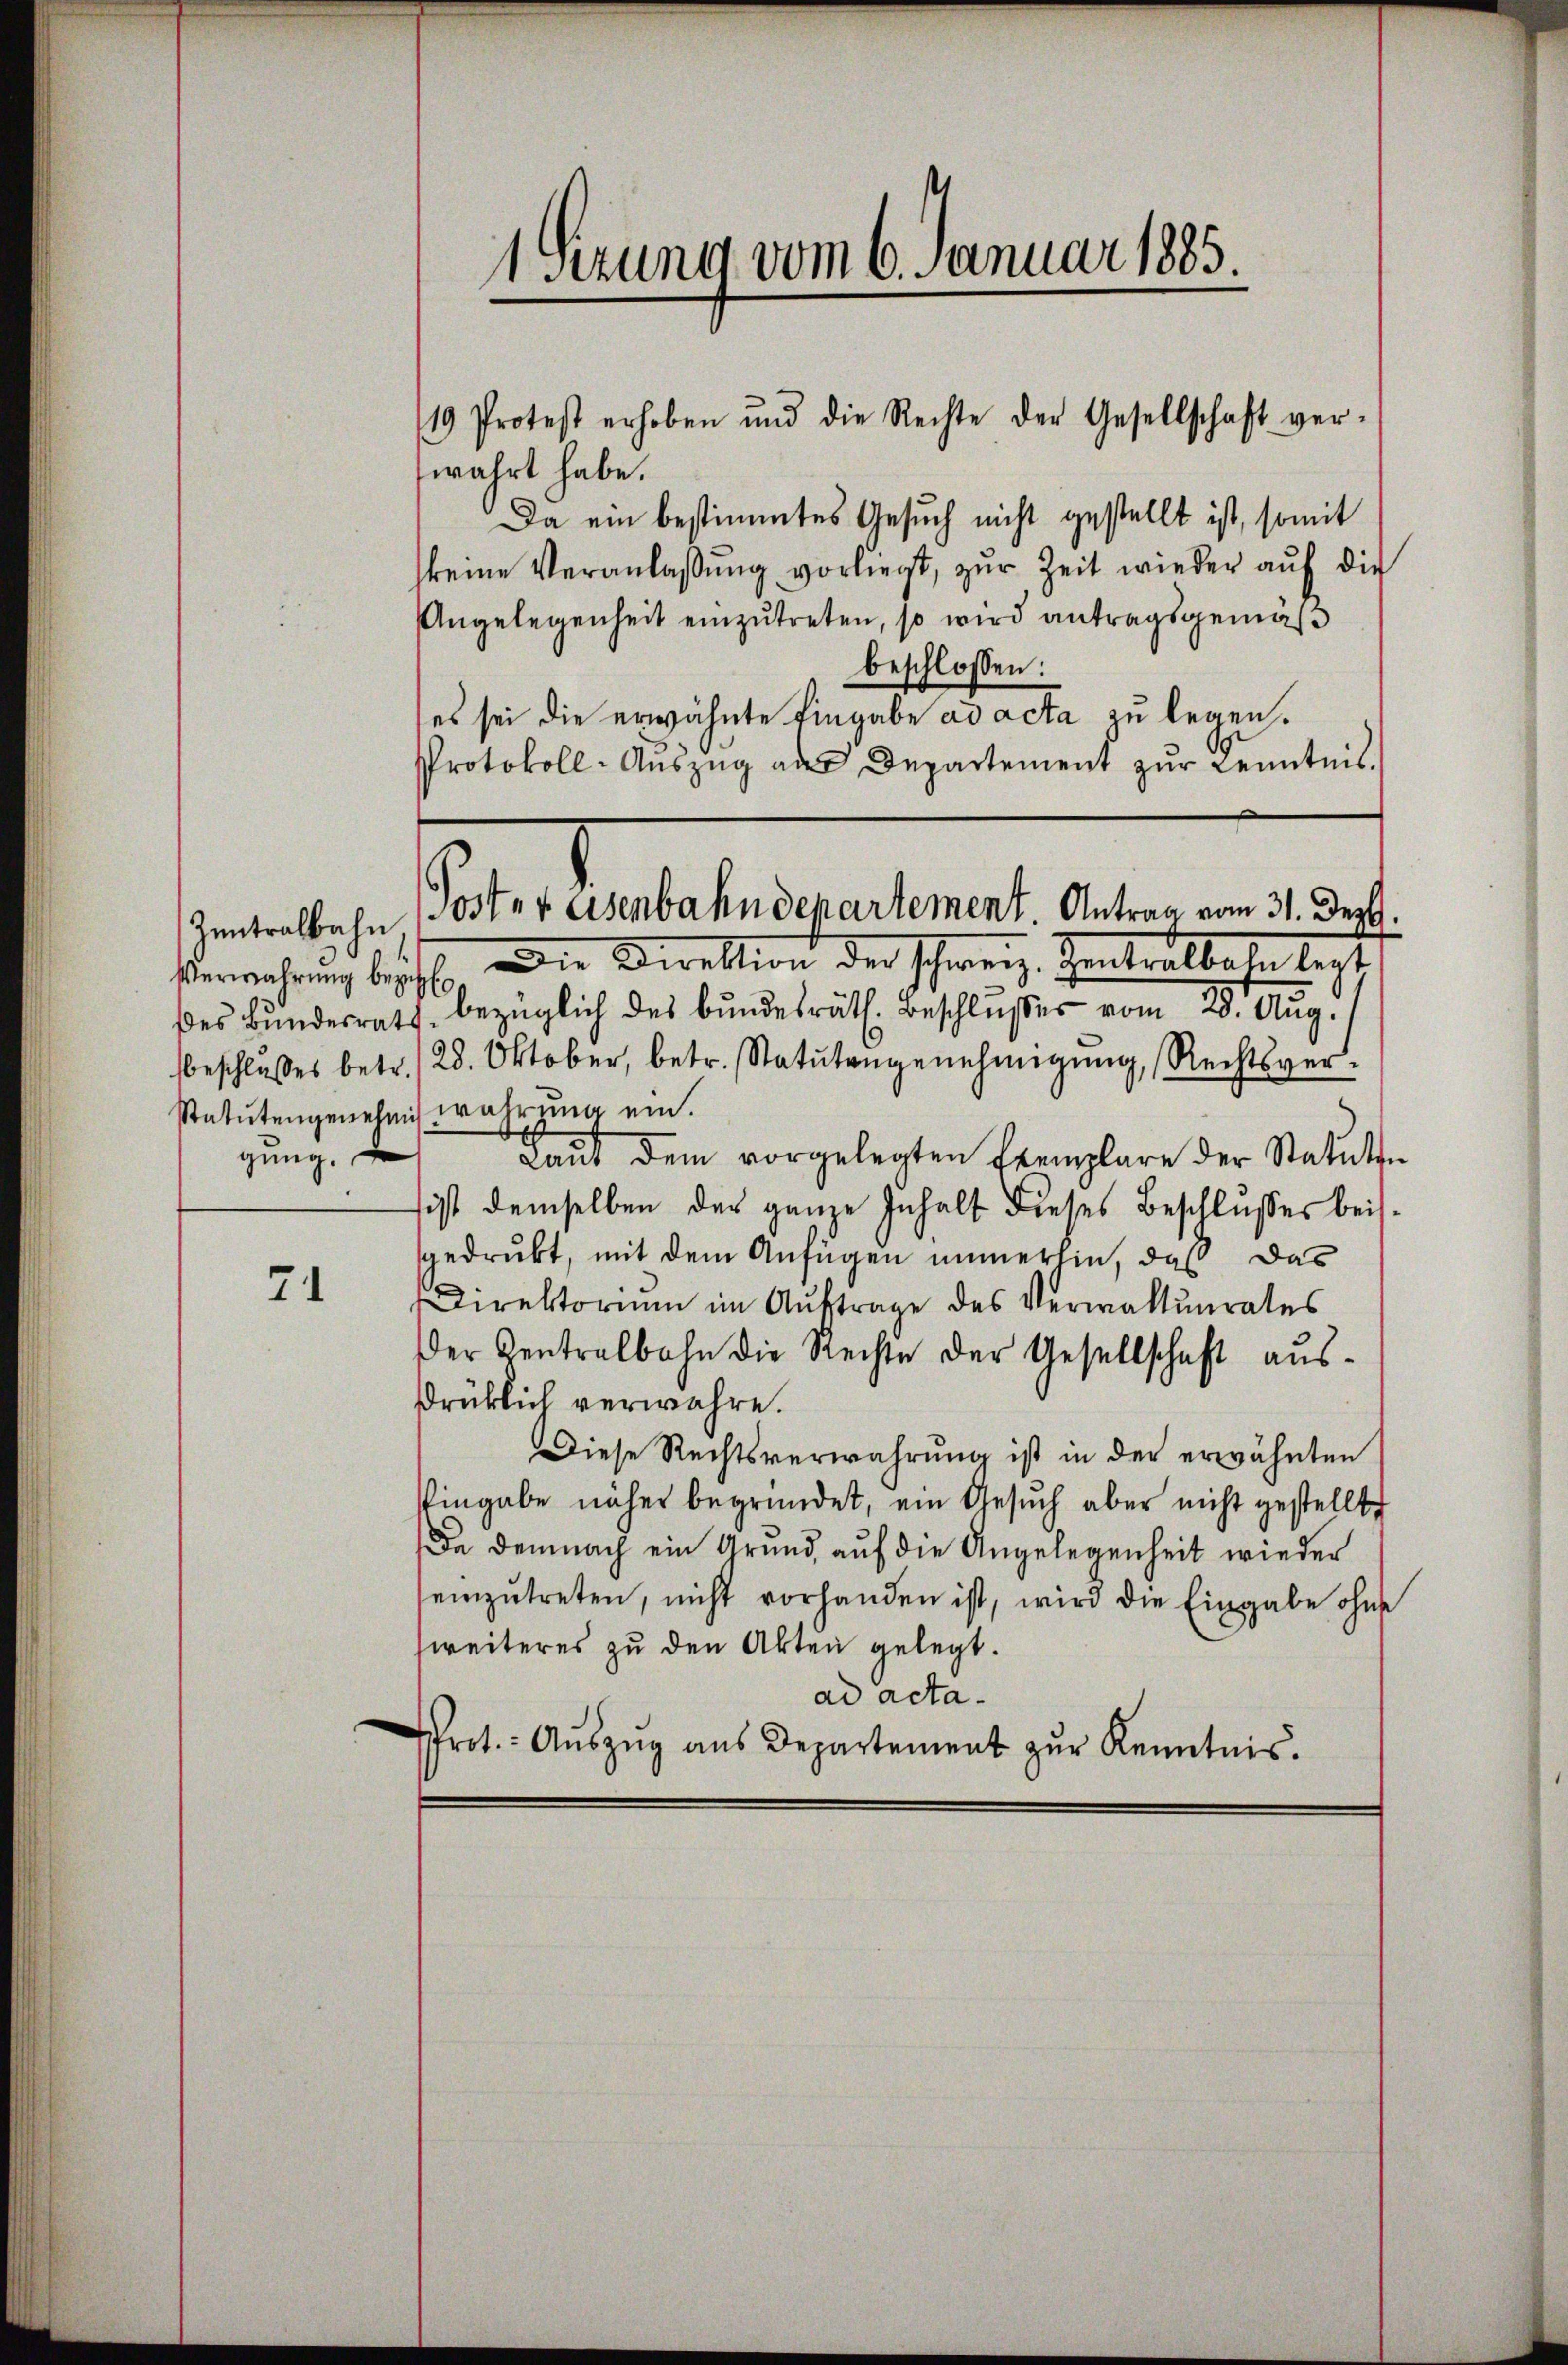
Zentralbahn,
gung.

74

19 Protest erhoben und die Rechte der Gesellschaft ver-
wahrt habe.
Da ein bestimmtes Gesuch nicht gestellt ist, somit
keine Veranlaßung vorliegt, zur Zeit wieder auf die
Angelegenheit einzutreten, so wird antragsgemäß
beschlossen:
es sei die erwähnte Eingabe ad acta zu legen.
Protokoll-Aŭszŭg als Departement zŭr Kenntnis.

1 Sezung vom 6. Januar 1885.

Poster Eisenbahndepartement Antrag vom 31. Dezbr.

Verwahrung beschehe, ander Direktion der Schweiz. Teintralbahn best
des Bundesrath bezüglich des bundesräth. Beschlußes vom 28. Aug.
beschlŭsses betr. 28. Oktober, betr. Statŭtengenehmigŭng, Rechtsver-
Statutengenehm wahrung ein.
Laŭt dem vorgelegten Exemplare der Statuten
sist demselben der ganze Inhalt dieses Beschlußes bei.
gedrukt, mit dem Anfügen immerlin, daß das
Direktorium im Auftrage des Verwaltunrates
Der Zentralbahn die Rechte der Gesellschaft ausdrüklich verwahre.
Diese Rechtsverwahrung ist in der erwähnten
Pingabe näher begründet, ein Gesŭch aber nicht gestellte
Da demnach ein Grund, auf die Angelegenheit wieder
einzŭtreten, nicht vorhanden ist, wird die Eingabe ohne
weiteres zu den Akten gelegt.
ad actarot. Aŭszŭg aŭs Departement zŭr Kenntnis.